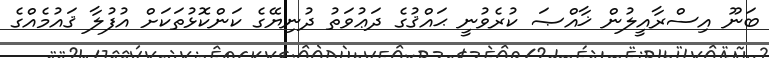
ބަނޫ އިސްރާއީލުން ޚާއްޞަ ކުރެވުނީ ޙައްޤުގެ ދަޢުވަތު ދުނިޔޭގެ ކަންކޮޅުތަކަށް އުފުލާ ޤައުމެއްގެ